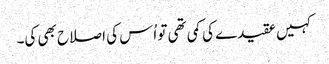
کہیں عقیدے کی کمی تھی تو اُس کی اصلاح بھی کی۔